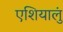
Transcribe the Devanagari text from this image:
एशियालुं